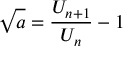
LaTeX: { \sqrt { a } } = { \frac { U _ { n + 1 } } { U _ { n } } } - 1